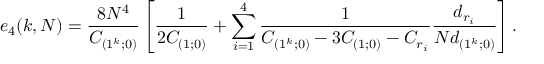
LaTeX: e _ { 4 } ( k , N ) = { \frac { 8 N ^ { 4 } } { C _ { ( 1 ^ { k } ; 0 ) } } } \left[ { \frac { 1 } { 2 C _ { ( 1 ; 0 ) } } } + \sum _ { i = 1 } ^ { 4 } { \frac { 1 } { C _ { ( 1 ^ { k } ; 0 ) } - 3 C _ { ( 1 ; 0 ) } - C _ { r _ { i } } } } { \frac { d _ { r _ { i } } } { N d _ { ( 1 ^ { k } ; 0 ) } } } \right] .